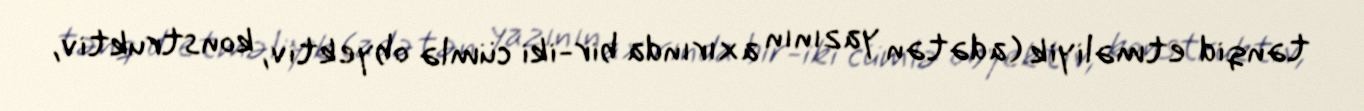
tənqid etməliyik (adətən yazının axırında bir-iki cümlə obyektiv, konstruktiv,